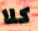
كلا